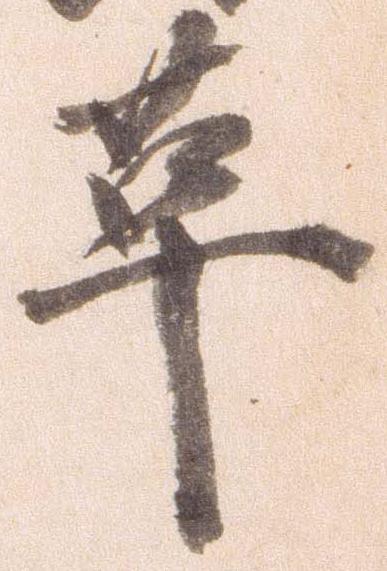
革